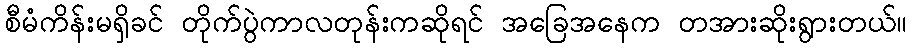
စီမံကိန်းမရှိခင် တိုက်ပွဲကာလတုန်းကဆိုရင် အခြေအနေက တအားဆိုးရွားတယ်။